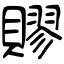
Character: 賿